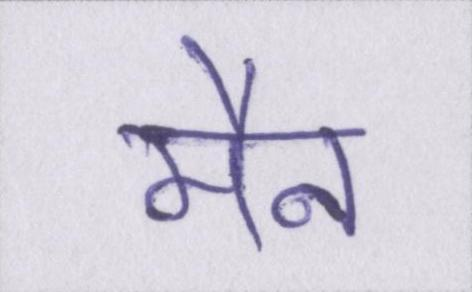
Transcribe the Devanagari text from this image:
मैन